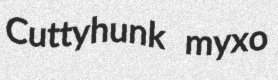
Cuttyhunk myxo